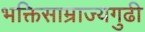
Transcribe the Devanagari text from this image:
भक्तिसाम्राज्यगुढी